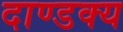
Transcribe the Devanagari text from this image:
दाण्डक्य